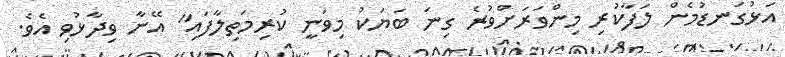
އަޅުގަނޑުމެން ލަފާކުރި މިންވަރަށްވުރެ ގިނަ ބަޔަކު މިވަނީ ކުރިމަތިލާފައި" އޭނާ ވިދާޅުވި އެވެ.